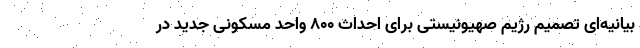
بیانیه‌ای تصمیم رژیم صهیونیستی برای احداث ۸۰۰ واحد مسکونی جدید در